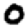
Digit: 0